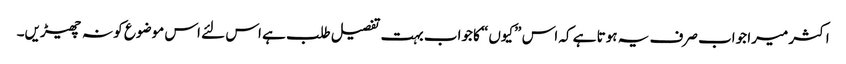
اکثر میرا جواب صرف یہ ہوتا ہے کہ اس ”کیوں“ کا جواب بہت تفصیل طلب ہے اس لئے اس موضوع کو نہ چھیڑیں۔